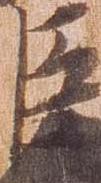
臣